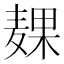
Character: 𱋙